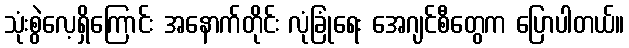
သုံးစွဲလေ့ရှိကြောင်း အနောက်တိုင်း လုံခြုံရေး အေဂျင်စီတွေက ပြောပါတယ်။